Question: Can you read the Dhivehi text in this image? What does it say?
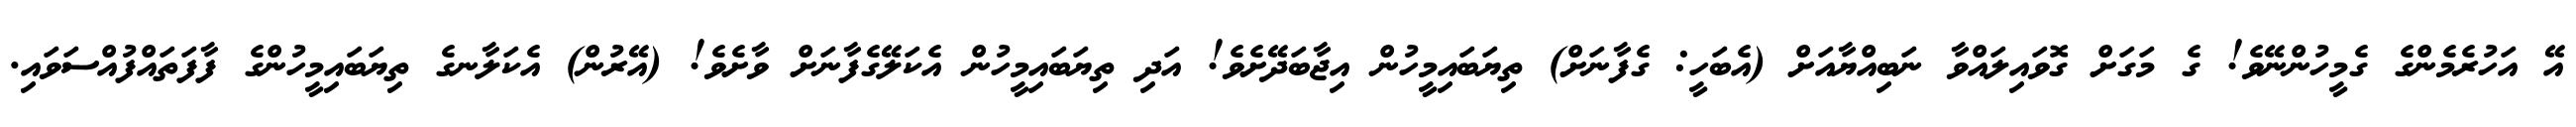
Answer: އޭ އަހުރެމެންގެ ގެމީހުންނޭވެ! ގެ މަގަށް ގޮވައިލައްވާ ނަބިއްޔާއަށް (އެބަހީ: ގެފާނަށް) ތިޔަބައިމީހުން އިޖާބަދޭށެވެ! އަދި ތިޔަބައިމީހުން އެކަލޭގެފާނަށް ވާށެވެ! (އޭރުން) އެކަލާނގެ ތިޔަބައިމީހުންގެ ފާފަތައްފުއްސަވައި.